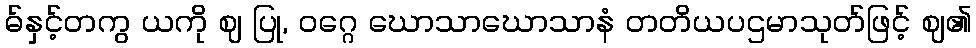
ဓ်နှင့်တကွ ယကို ဈ ပြု, ဝဂ္ဂေ ဃောသာဃောသာနံ တတိယပဌမာသုတ်ဖြင့် ဈ၏